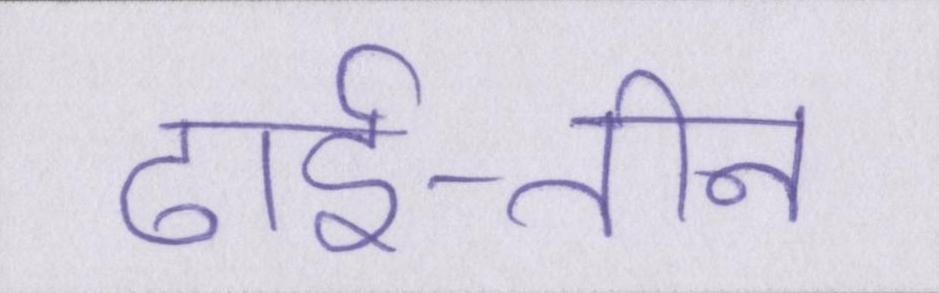
ढाई-तीन